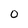
Character: O